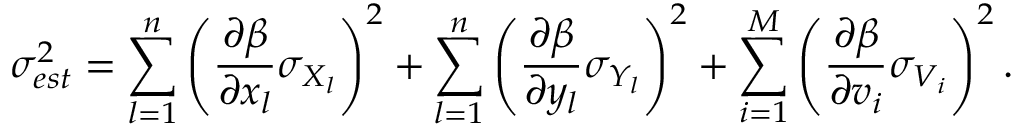
\sigma _ { e s t } ^ { 2 } = \sum _ { l = 1 } ^ { n } \left( \frac { \partial \beta } { \partial x _ { l } } \sigma _ { X _ { l } } \right) ^ { 2 } + \sum _ { l = 1 } ^ { n } \left( \frac { \partial \beta } { \partial y _ { l } } \sigma _ { Y _ { l } } \right) ^ { 2 } + \sum _ { i = 1 } ^ { M } \left( \frac { \partial \beta } { \partial v _ { i } } \sigma _ { V _ { i } } \right) ^ { 2 } .